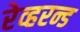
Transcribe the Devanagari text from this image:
रेव्हरन्ड